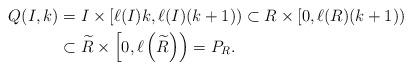
LaTeX: \begin{align*}Q(I,k)&=I\times[\ell(I)k,\ell(I)(k+1))\subset R\times[0,\ell(R)(k+1))\\&\subset\widetilde{R}\times\left[0,\ell\left(\widetilde{R}\right)\right)=P_R.\end{align*}